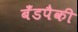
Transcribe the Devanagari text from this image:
बँडपैकी